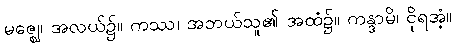
မဇ္ဈေ၊ အလယ်၌။ ကဿ၊ အဘယ်သူ၏ အထံ၌။ ကန္ဒာမိ၊ ငိုရအံ့။